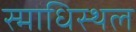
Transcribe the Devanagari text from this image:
स्माधिस्थल